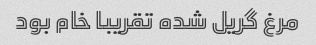
مرغ گریل شده تقریبا خام بود